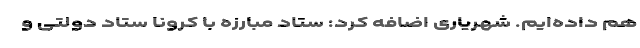
هم داده‌ایم. شهریاری اضافه کرد: ستاد مبارزه با کرونا ستاد دولتی و